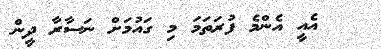
އެއީ އެންމެ ފުރަތަމަ މި ގައުމަށް ނަސާރާ ދީން